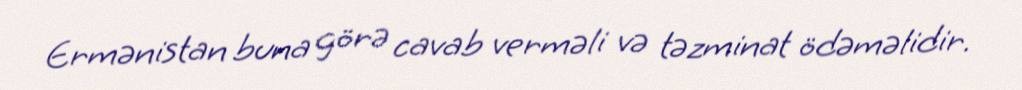
Ermənistan buna görə cavab verməli və təzminat ödəməlidir.